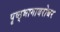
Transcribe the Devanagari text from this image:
पृष्ठ्भागाबरोबर